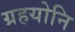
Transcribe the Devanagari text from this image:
ग्रहयोनि